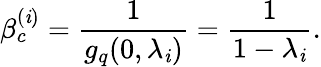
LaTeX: \beta_{c}^{(\mathit{i})}=\frac{{1}}{{g_{q}(0,\lambda_{\mathit{i}})}}=\frac{{1}}{{1-\lambda_{\mathit{i}}}}.